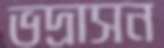
ভদ্রাসন